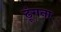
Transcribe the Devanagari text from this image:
ढूंगना